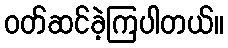
ဝတ်ဆင်ခဲ့ကြပါတယ်။